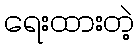
ရေးထားတဲ့